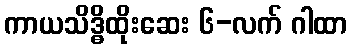
ကာယသိဒ္ဓိထိုးဆေး ၆-လက် ဂါထာ